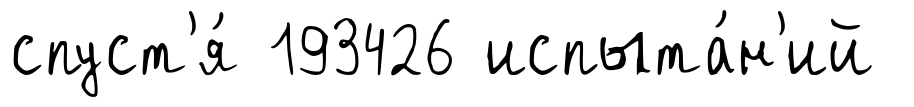
спуст'я́ 193426 испыта́н'ий